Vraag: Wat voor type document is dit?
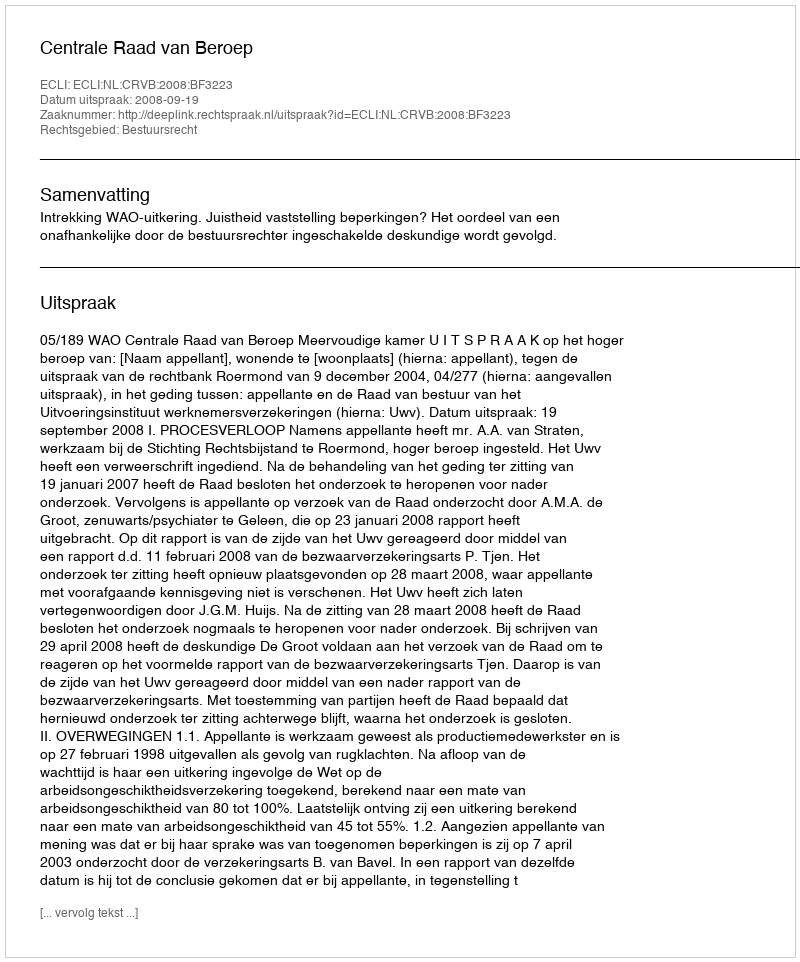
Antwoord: Uitspraak